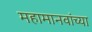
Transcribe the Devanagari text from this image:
महामानवांच्या